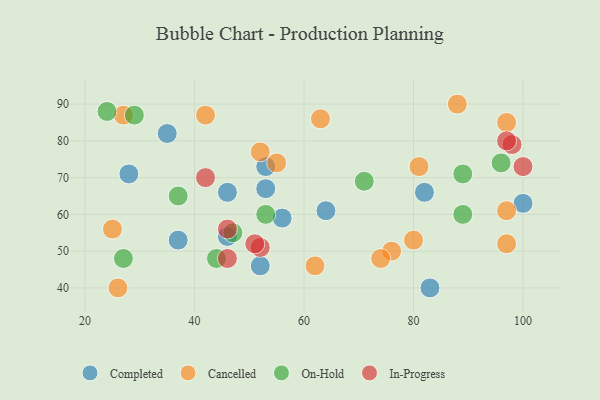
{"axis": {"x": "GDP", "y": "Life Expectancy"}, "legend": ["Cancelled", "Completed", "In-Progress", "On-Hold"], "data": [{"x": "37", "y": 53, "type": "Completed"}, {"x": "64", "y": 61, "type": "Completed"}, {"x": "35", "y": 82, "type": "Completed"}, {"x": "82", "y": 66, "type": "Completed"}, {"x": "52", "y": 46, "type": "Completed"}, {"x": "83", "y": 40, "type": "Completed"}, {"x": "53", "y": 73, "type": "Completed"}, {"x": "46", "y": 66, "type": "Completed"}, {"x": "56", "y": 59, "type": "Completed"}, {"x": "28", "y": 71, "type": "Completed"}, {"x": "46", "y": 54, "type": "Completed"}, {"x": "53", "y": 67, "type": "Completed"}, {"x": "100", "y": 63, "type": "Completed"}, {"x": "76", "y": 50, "type": "Cancelled"}, {"x": "97", "y": 52, "type": "Cancelled"}, {"x": "88", "y": 90, "type": "Cancelled"}, {"x": "26", "y": 40, "type": "Cancelled"}, {"x": "55", "y": 74, "type": "Cancelled"}, {"x": "74", "y": 48, "type": "Cancelled"}, {"x": "27", "y": 87, "type": "Cancelled"}, {"x": "62", "y": 46, "type": "Cancelled"}, {"x": "97", "y": 61, "type": "Cancelled"}, {"x": "81", "y": 73, "type": "Cancelled"}, {"x": "25", "y": 56, "type": "Cancelled"}, {"x": "52", "y": 77, "type": "Cancelled"}, {"x": "42", "y": 87, "type": "Cancelled"}, {"x": "80", "y": 53, "type": "Cancelled"}, {"x": "63", "y": 86, "type": "Cancelled"}, {"x": "97", "y": 85, "type": "Cancelled"}, {"x": "29", "y": 87, "type": "On-Hold"}, {"x": "24", "y": 88, "type": "On-Hold"}, {"x": "53", "y": 60, "type": "On-Hold"}, {"x": "96", "y": 74, "type": "On-Hold"}, {"x": "37", "y": 65, "type": "On-Hold"}, {"x": "44", "y": 48, "type": "On-Hold"}, {"x": "89", "y": 71, "type": "On-Hold"}, {"x": "47", "y": 55, "type": "On-Hold"}, {"x": "89", "y": 60, "type": "On-Hold"}, {"x": "27", "y": 48, "type": "On-Hold"}, {"x": "71", "y": 69, "type": "On-Hold"}, {"x": "52", "y": 51, "type": "In-Progress"}, {"x": "98", "y": 79, "type": "In-Progress"}, {"x": "46", "y": 56, "type": "In-Progress"}, {"x": "100", "y": 73, "type": "In-Progress"}, {"x": "97", "y": 80, "type": "In-Progress"}, {"x": "42", "y": 70, "type": "In-Progress"}, {"x": "46", "y": 48, "type": "In-Progress"}, {"x": "51", "y": 52, "type": "In-Progress"}]}